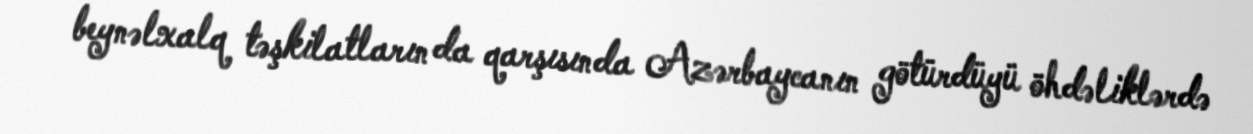
beynəlxalq təşkilatların da qarşısında Azərbaycanın götürdüyü öhdəliklərdə